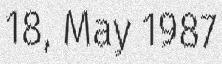
18, May 1987